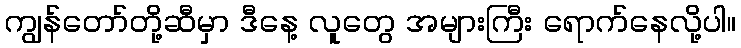
ကျွန်တော်တို့ဆီမှာ ဒီနေ့ လူတွေ အများကြီး ရောက်နေလို့ပါ။